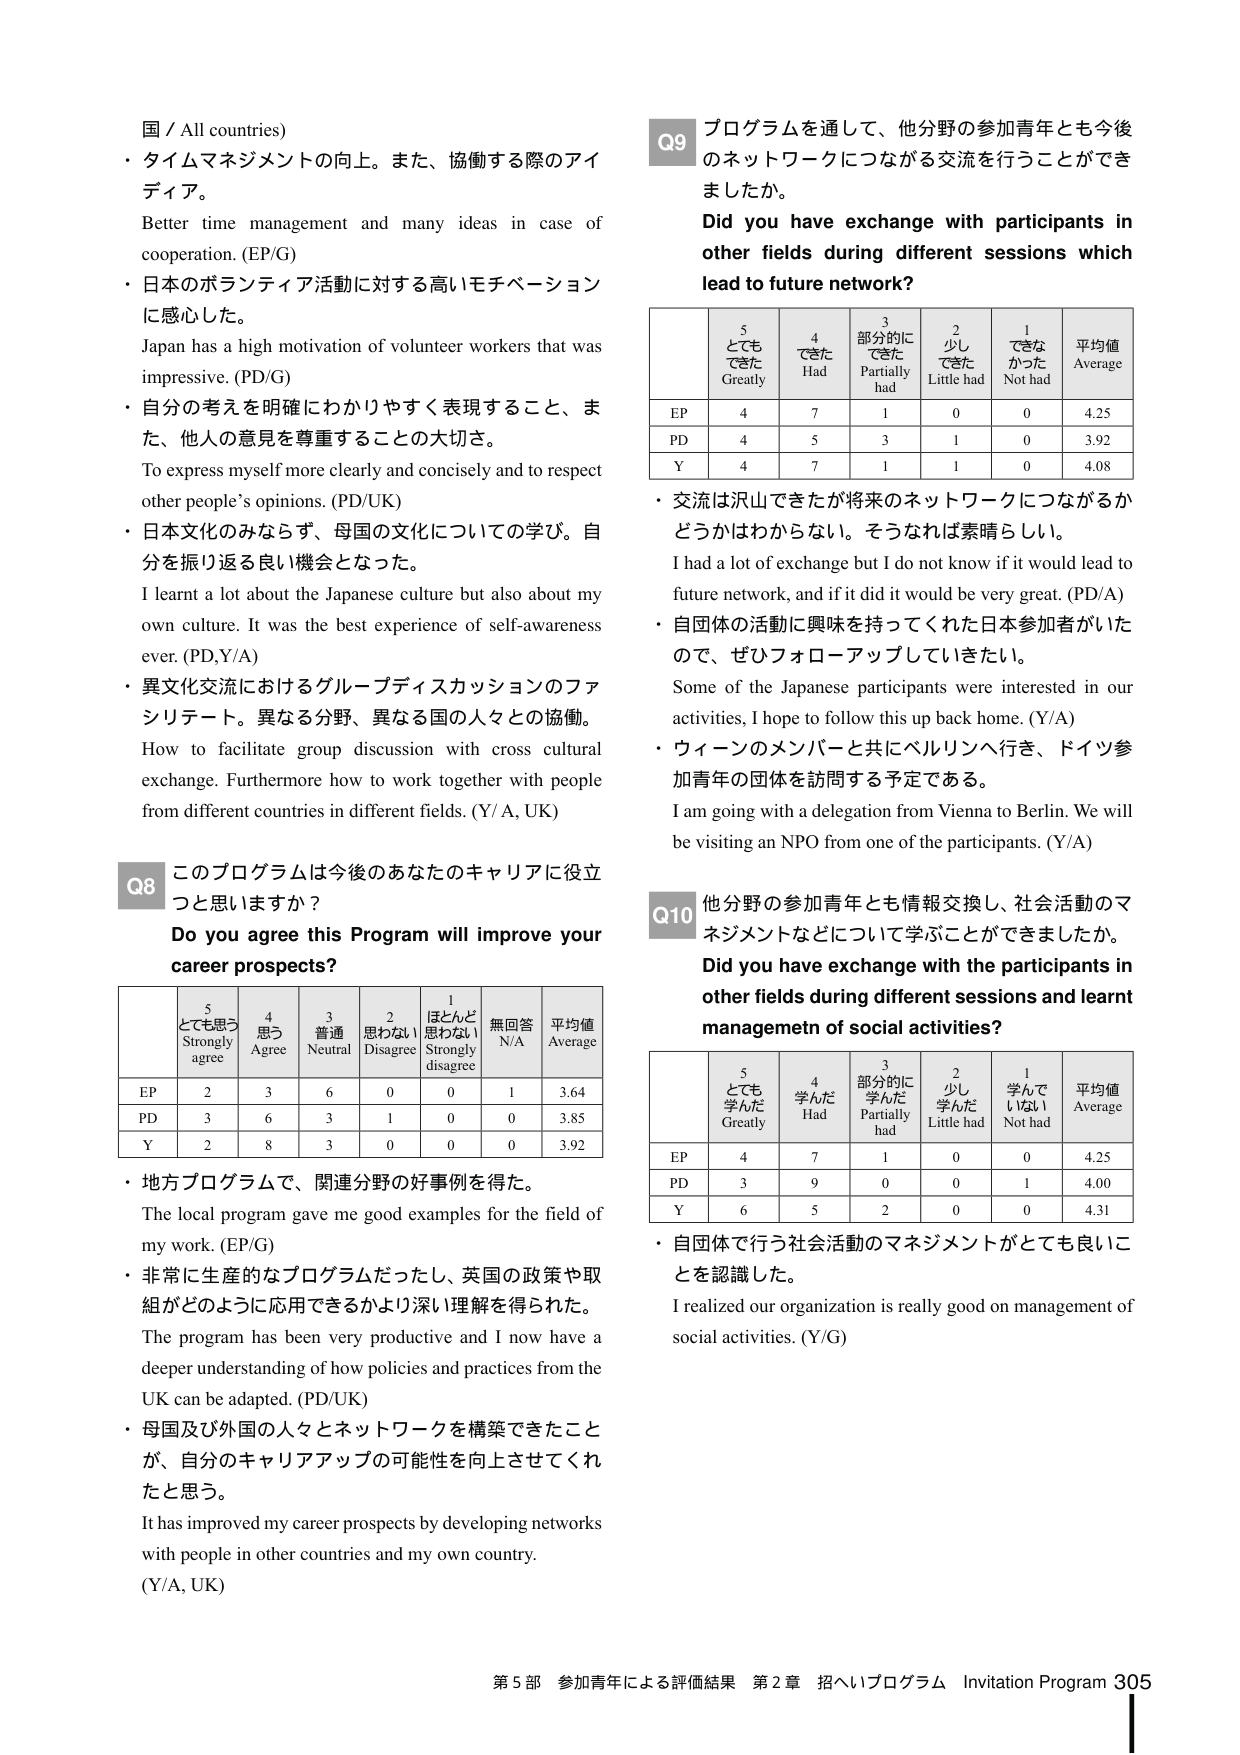
国 / All countries)
・タイムマネジメントの向上。また、協働する際のアイディア。
Better time management and many ideas in case of cooperation. (EP/G)
・日本のボランティア活動に対する高いモチベーションに感心した。
Japan has a high motivation of volunteer workers that was impressive. (PD/G)
・自分の考えを明確にわかりやすく表現すること、また、他人の意見を尊重することの大切さ。
To express myself more clearly and concisely and to respect other people’s opinions. (PD/UK)
・日本文化のみならず、母国の文化についての学び。自分を振り返る良い機会となった。
I learnt a lot about the Japanese culture but also about my own culture. It was the best experience of self-awareness ever. (PD,Y/A)
・異文化交流におけるグループディスカッションのファシリテート。異なる分野、異なる国の人々との協働。
How to facilitate group discussion with cross cultural exchange. Furthermore how to work together with people from different countries in different fields. (Y/A, UK)

Q8 このプログラムは今後のあなたのキャリアに役立つと思いますか？
Do you agree this Program will improve your career prospects?

| | 5 とても思う Strongly agree | 4 思う Agree | 3 普通 Neutral | 2 思わない Disagree | 1 ほとんど思わない Strongly disagree | 無回答 N/A | 平均値 Average |
|---|---|---|---|---|---|---|---|
| EP | 2 | 3 | 6 | 0 | 0 | 1 | 3.64 |
| PD | 3 | 6 | 3 | 1 | 0 | 0 | 3.85 |
| Y | 2 | 8 | 3 | 0 | 0 | 0 | 3.92 |

・地方プログラムで、関連分野の好事例を得た。
The local program gave me good examples for the field of my work. (EP/G)
・非常に生産的なプログラムだったし、英国の政策や取組がどのように応用できるかより深い理解を得られた。
The program has been very productive and I now have a deeper understanding of how policies and practices from the UK can be adapted. (PD/UK)
・母国及び外国の人々とネットワークを構築できたことが、自分のキャリアアップの可能性を向上させてくれたと思う。
It has improved my career prospects by developing networks with people in other countries and my own country. (Y/A, UK)

Q9 プログラムを通して、他分野の参加青年とも今後のネットワークにつながる交流を行うことができましたか。
Did you have exchange with participants in other fields during different sessions which lead to future network?

| | 5 とてもできた Greatly | 4 できた Had | 3 部分的にできた Partially had | 2 少しできた Little had | 1 できなかった Not had | 平均値 Average |
|---|---|---|---|---|---|---|
| EP | 4 | 7 | 1 | 0 | 0 | 4.25 |
| PD | 4 | 5 | 3 | 1 | 0 | 3.92 |
| Y | 4 | 7 | 1 | 1 | 0 | 4.08 |

・交流は沢山できたが将来のネットワークにつながるかどうかはわからない。そうなれば素晴らしい。
I had a lot of exchange but I do not know if it would lead to future network, and if it did it would be very great. (PD/A)
・自団体の活動に興味を持ってくれた日本参加者がいたので、ぜひフォローアップしていきたい。
Some of the Japanese participants were interested in our activities, I hope to follow this up back home. (Y/A)
・ウィーンのメンバーと共にベルリンへ行き、ドイツ参加青年の団体を訪問する予定である。
I am going with a delegation from Vienna to Berlin. We will be visiting an NPO from one of the participants. (Y/A)

Q10 他分野の参加青年とも情報交換し、社会活動のマネジメントなどについて学ぶことができましたか。
Did you have exchange with the participants in other fields during different sessions and learnt managemetn of social activities?

| | 5 とても学んだ Greatly | 4 学んだ Had | 3 部分的に学んだ Partially had | 2 少し学んだ Little had | 1 学んでいない Not had | 平均値 Average |
|---|---|---|---|---|---|---|
| EP | 4 | 7 | 1 | 0 | 0 | 4.25 |
| PD | 3 | 9 | 0 | 0 | 1 | 4.00 |
| Y | 6 | 5 | 2 | 0 | 0 | 4.31 |

・自団体で行う社会活動のマネジメントがとても良いことを認識した。
I realized our organization is really good on management of social activities. (Y/G)

第5部 参加青年による評価結果 第2章 招へいプログラム Invitation Program 305